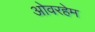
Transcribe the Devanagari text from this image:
ओवरहेम